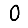
Digit: 0